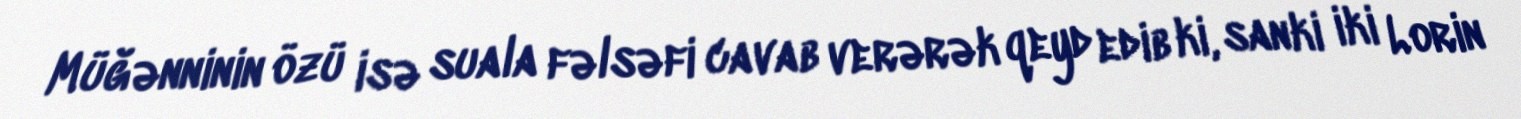
Müğənninin özü isə suala fəlsəfi cavab verərək qeyd edib ki, sanki iki Lorin